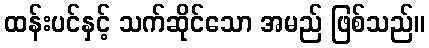
ထန်းပင်နှင့် သက်ဆိုင်သော အမည် ဖြစ်သည်။